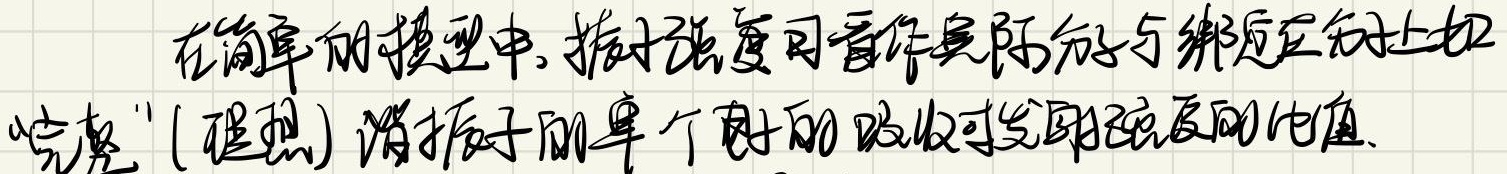
在简单的模型中，振子强度可看作是部分与绑在分子上如“完美”(理想) 谐振子的单个电子吸收可发射强度的比值。